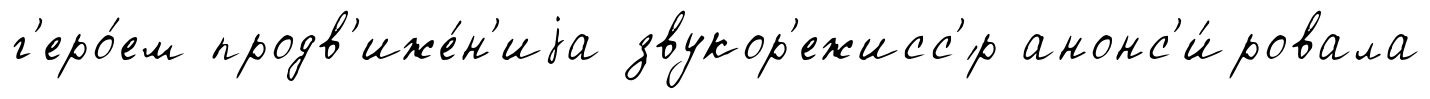
г'еро́ем продв'иже́н'иjа звукор'ежисс'́р анонс'и́ровала